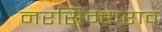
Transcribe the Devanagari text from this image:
नरसिम्हाराव